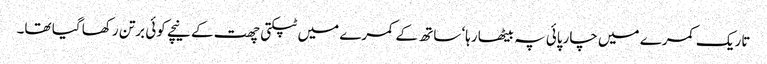
تاریک کمرے میں چارپائی پہ بیٹھا رہا‘ ساتھ کے کمرے میں ٹپکتی چھت کے نیچے کوئی برتن رکھا گیا تھا۔